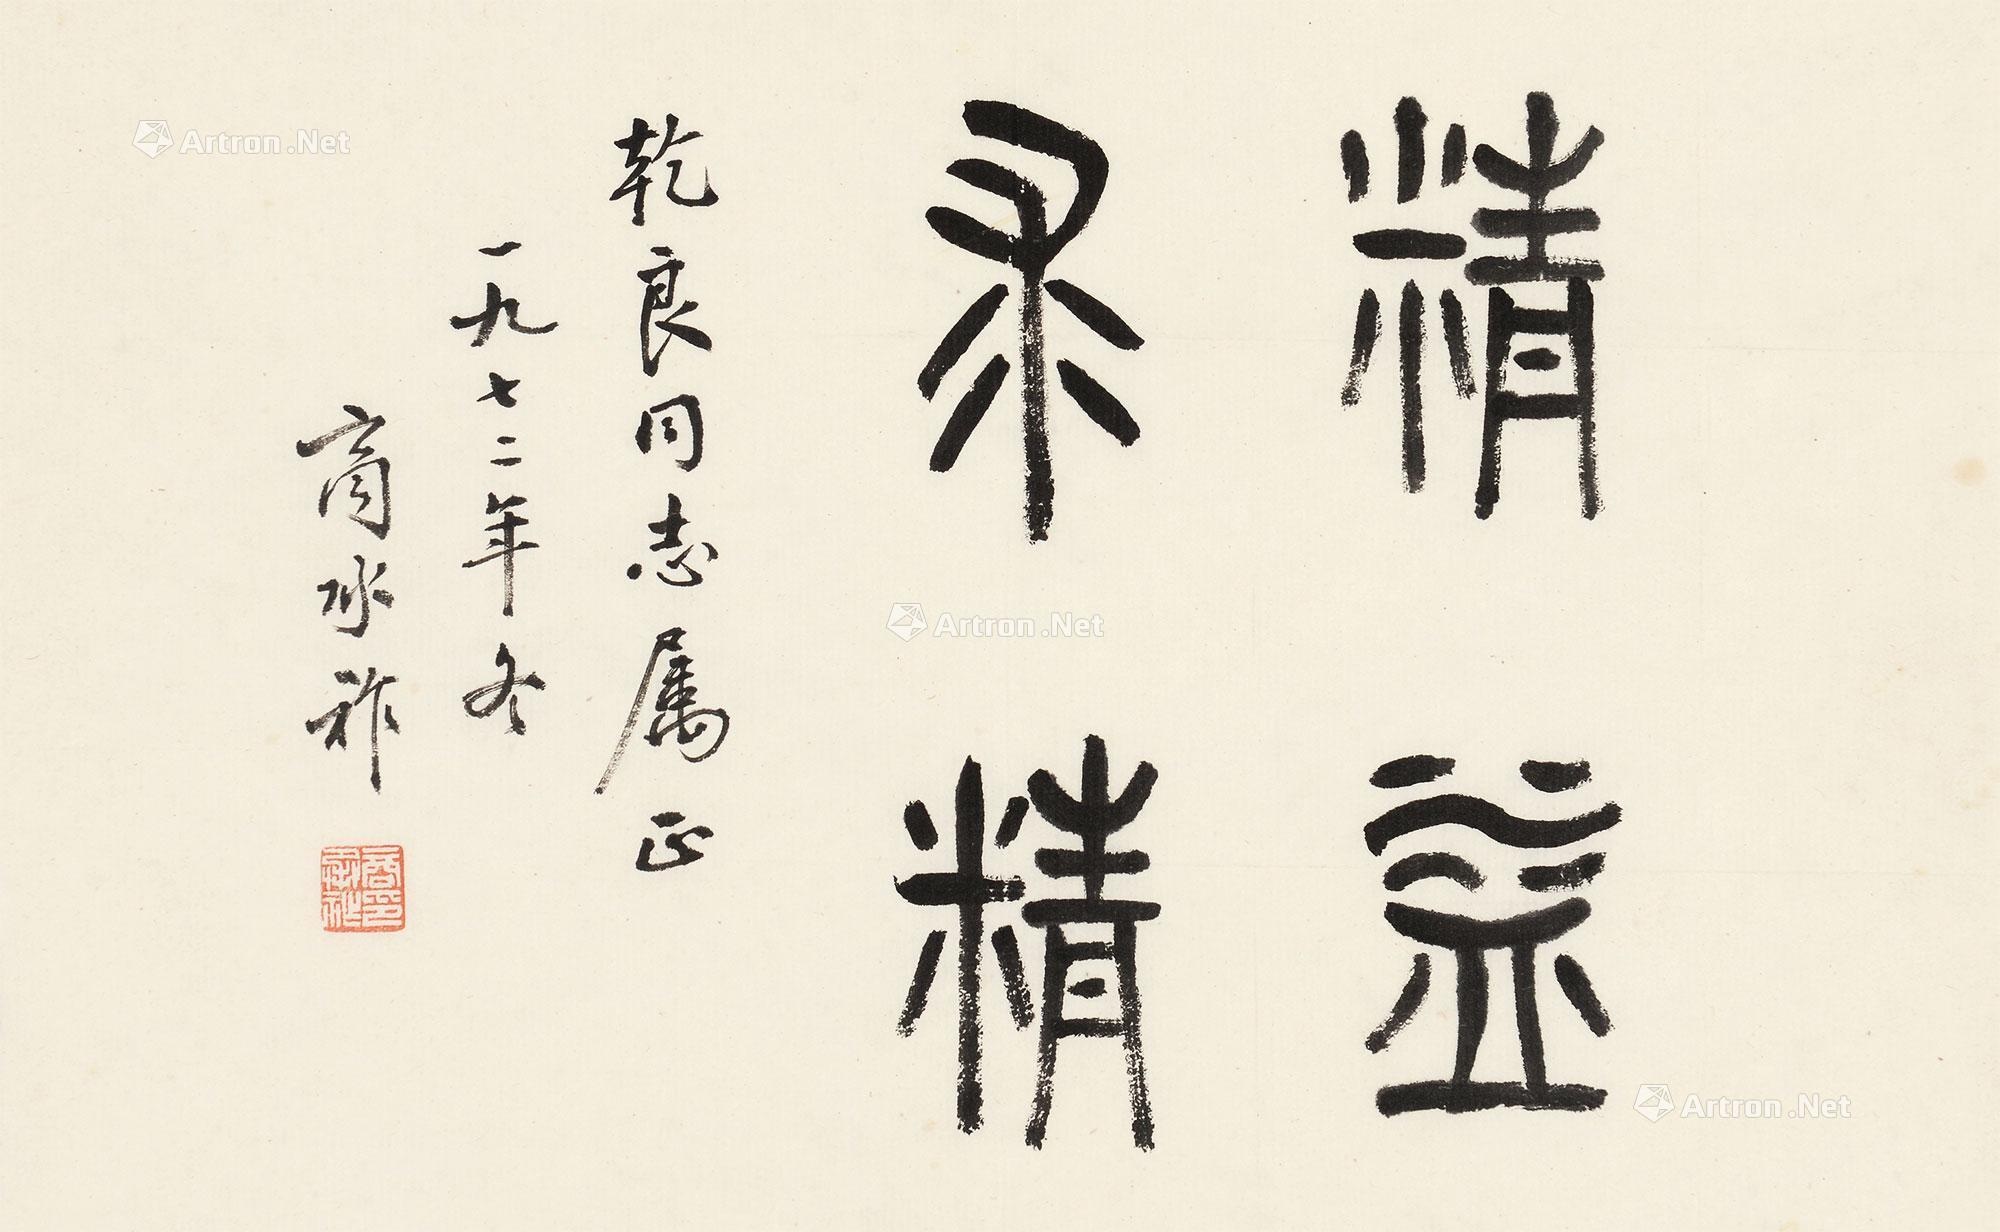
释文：精益求精干良同志属正，一九七二年冬，商承祚。